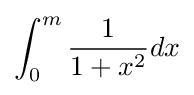
\int _{0}^{m}{\frac {1}{1+x^{2}}}dx